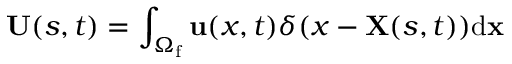
{ \bf { U } } ( s , t ) = \int _ { { \Omega _ { \mathrm { { f } } } } } { \bf { u } } ( x , t ) \delta ( x - { \bf { X } } ( s , t ) ) \mathrm { { d } } { \bf { x } }